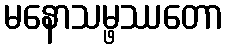
မနောသမ္ဖဿတော